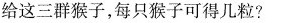
给这三群猴子，每只猴子可得几粒?